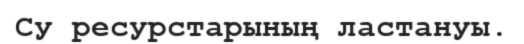
Су ресурстарының ластануы.